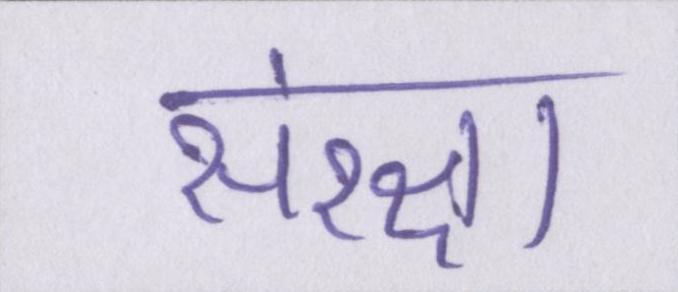
संरक्षा